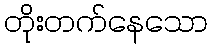
တိုးတက်နေသော